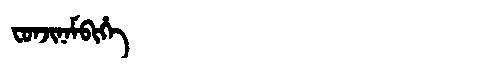
Manchu: ᠸᠣᠨᠵᡳᠨᠠᠮᠪᡳᡥᡝ
Romanization: FONJINAMBIHE